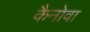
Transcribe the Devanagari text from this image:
कैनोवा